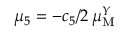
\mu _ { 5 } = - c _ { 5 } / 2 \, \mu _ { \mathrm { M } } ^ { Y }